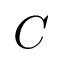
C